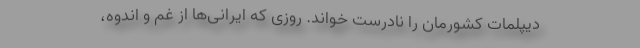
دیپلمات کشورمان را نادرست خواند. روزی که ایرانی‌ها از غم و اندوه،